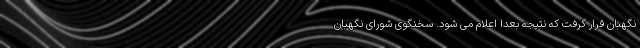
نگهبان قرار گرفت که نتیجه بعدا اعلام می شود. سخنگوی شورای نگهبان